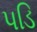
પડિ